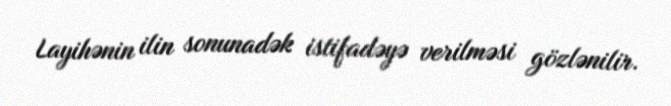
Layihənin ilin sonunadək istifadəyə verilməsi gözlənilir.